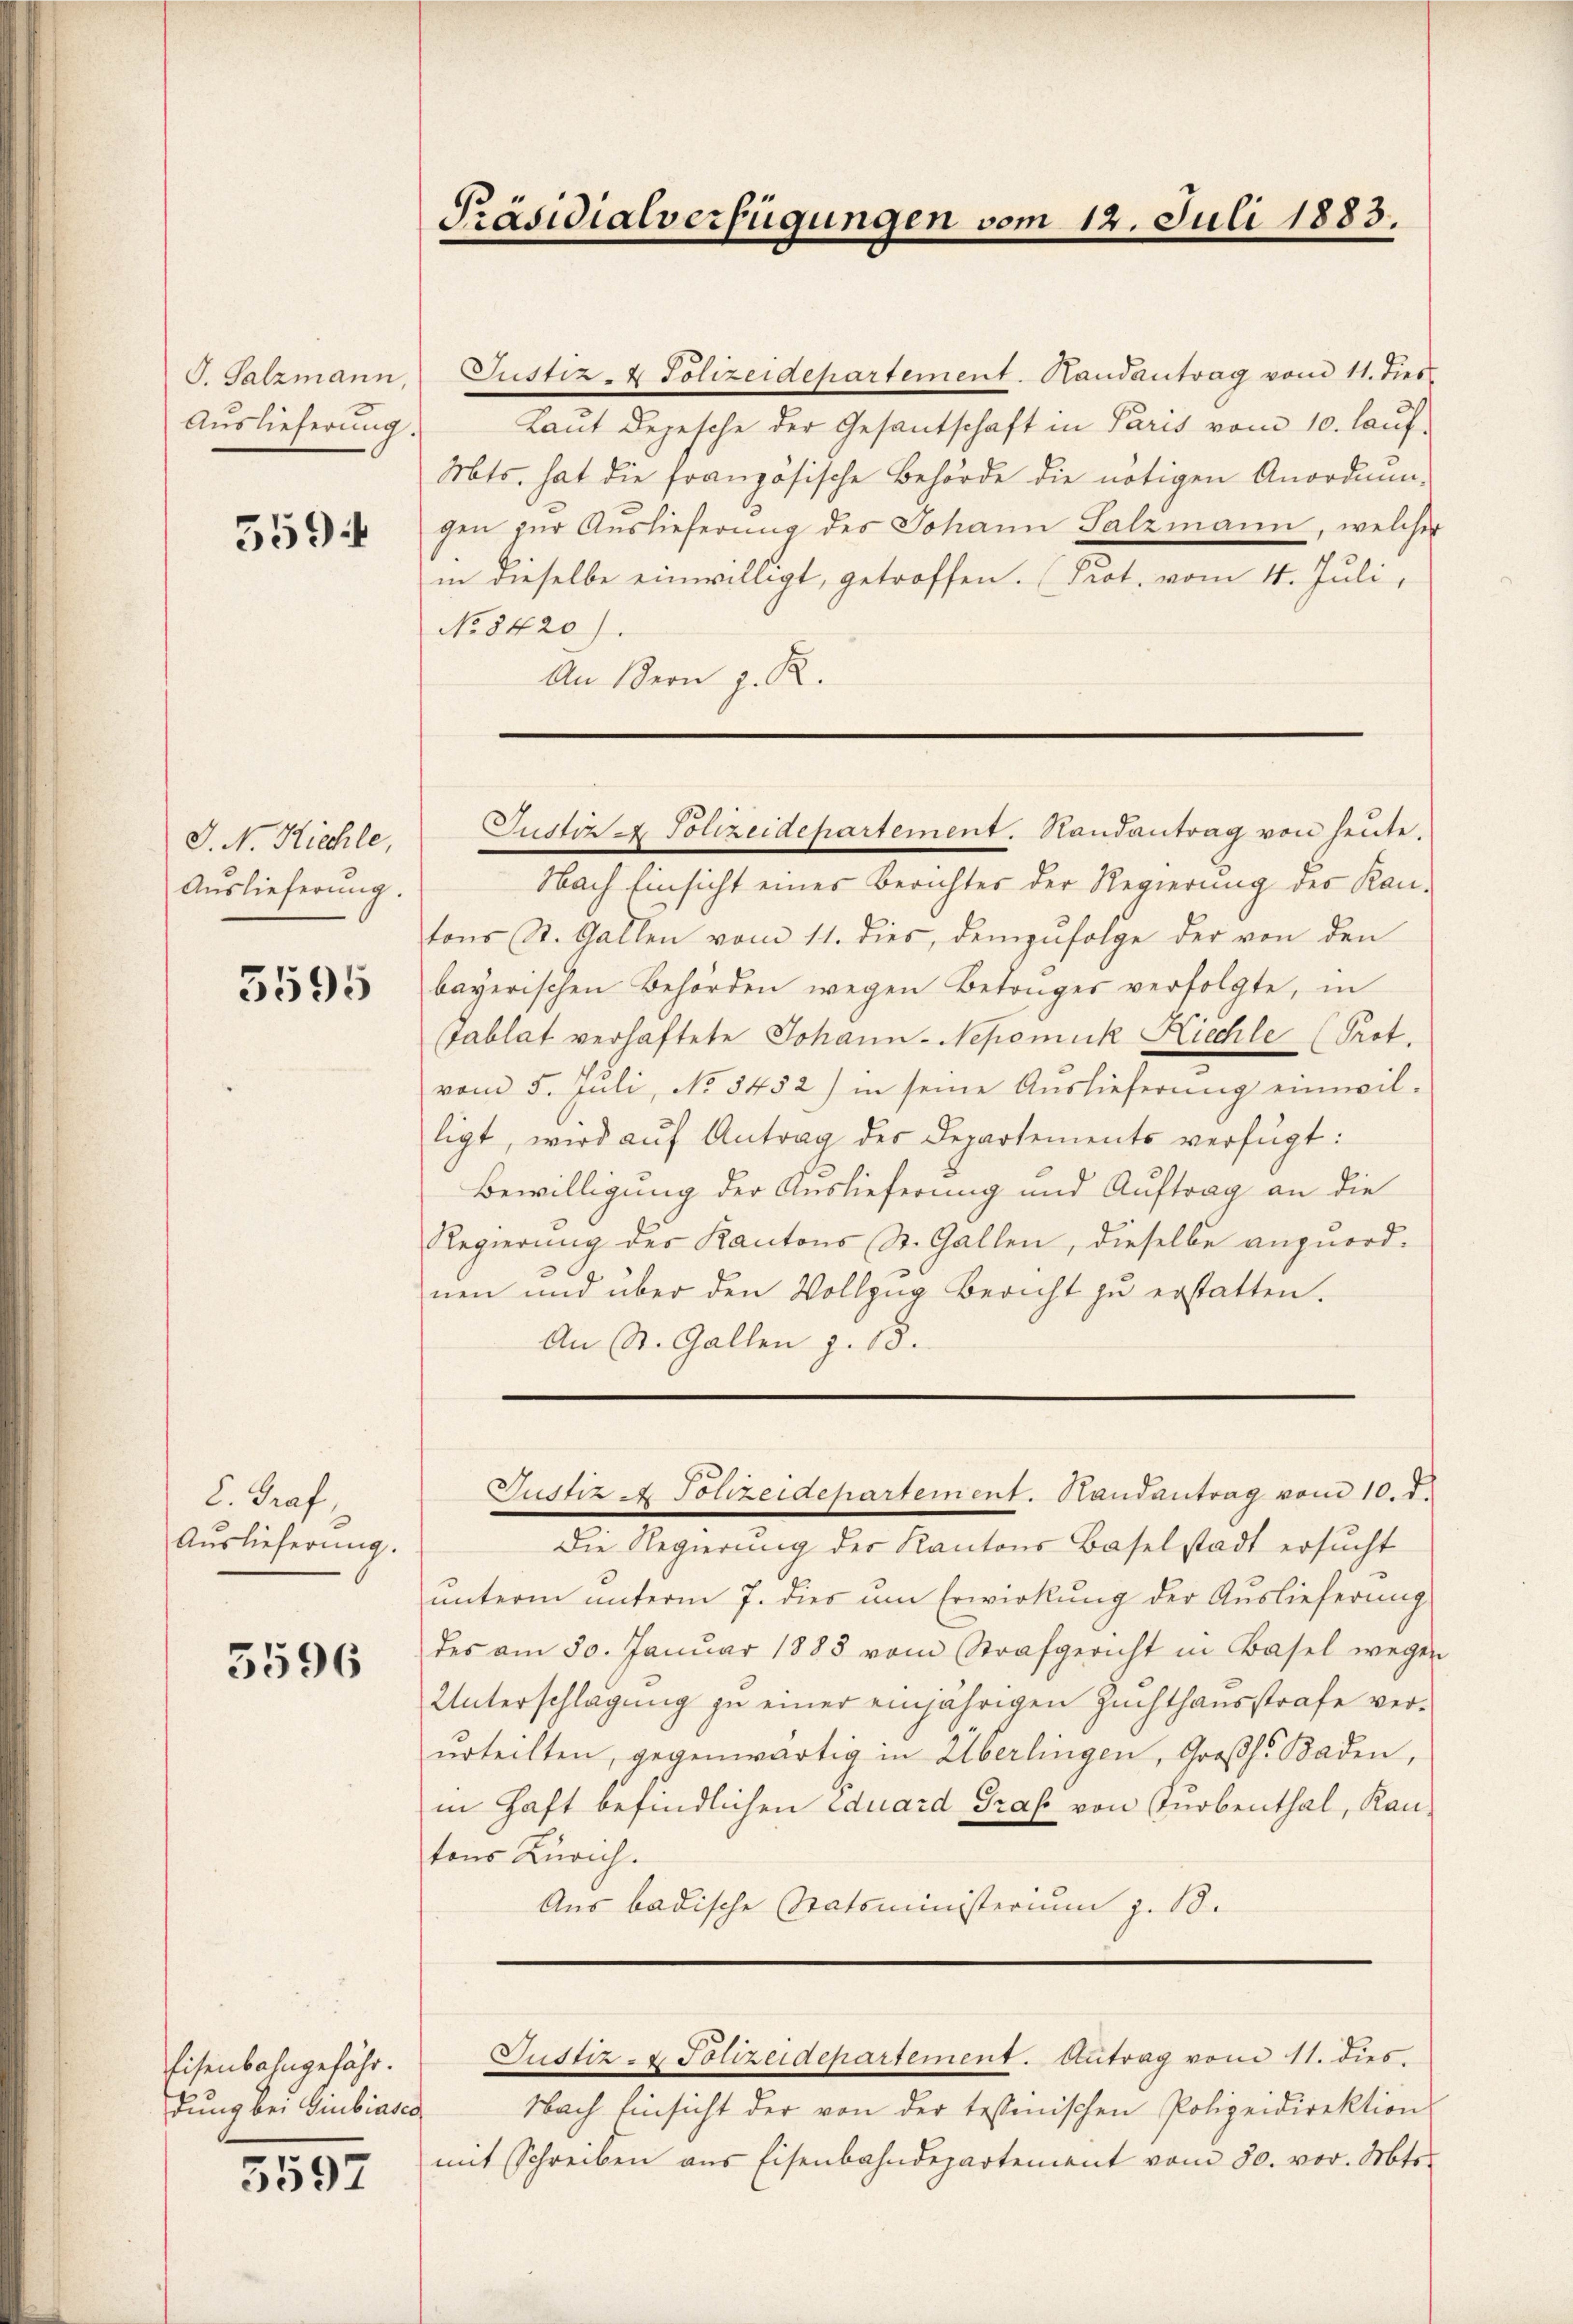
G. Salzmann
Auslieferung.

359

J. N. Kirchle,
Auslieferung.

5595

C. Prof.
Auslieferung.

5596

Eisenbahngefähr.
dung bei Guibiasco

5597

Präsidialverfügungen vom 12. Juli 1883.

Justiz- & Polizeidepartement. Handantrag vom 11. dies
Laut Depesche der Gesantschaft in Paris vom 10. laŭf.
Mts. hat die französische Behörde die nötigen Anordnungen zur Auslieferung des Johann Salzmann, welcher
in dieselbe einwilligt, getroffen. (Prot. vom 4. Juli,
No 8420).
An Stern z. R.

Justiz & Polizeidepartement. Handantrag von heute.

Nach Einsicht eines Berichtes der Regierung des Kan-
tons St. Gallen vom 11. dies, demzufolge der von den
bayerischen Behörden wegen Betrages verfolgte, in
Tablat verhaftete Johann - Nepomuk Kiechle (Prot.
vom 5. Juli, No 3452) in seine Auslieferŭng einwil-
ligt, wird aŭf Antrag des Departements verfügt:
Bewilligung der Auslieferung und Auftrag an die
Regierung des Kantons St. Gallen, dieselbe anzuordnen und über den Vollzŭg Bericht zŭ erstatten.
An St. Gallen z. 18.

Die Regierung der Kantons Baselstadt ersucht
unterm unterm 7. dies um Erwirkung der Auslieferung
des am 30. Januar 1885 vom Strafgericht in Basel wegen
Unterschlagung zu einer einjährigen Zuchthausstrafe verŭrteilten, gegenwärtig in Überlingen, Großh. Baden,
in Haft befindlichen Eduard Graf von Turbenthal, Kantons Zürich.
Aus badische Statsministerium z. B.

Justiz & Polizeidepartement. Randantrag vom 10. d.

Justiz- & Polizeidepartement. Antrag vom 11. dies

Nach Einsicht der von der testenischen Polizeidirektion
mit Schreiben aus Eisenbahndepartement vom 30. vor. Mts.